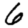
Digit: 6